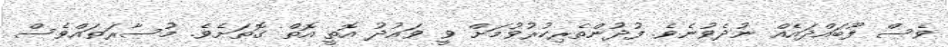
ވެސް ފޫބައްދައެއް ނުދެވުނެވެ. ފުދުންތެރިކުރުވުމަށް ވީ ވައުދު އޮތީ އޮތް ގޮތަށެވެ. މުސާރަތައްވެސް